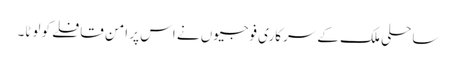
ساحلی ملک کے سرکاری فوجیوں نے اس پر امن قافلے کو لوٹا۔